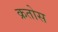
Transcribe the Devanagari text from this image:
क्रतोस